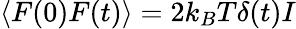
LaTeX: \langle F(0)F(t)\rangle={2}k_{B}T\delta(t)I